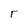
Character: r